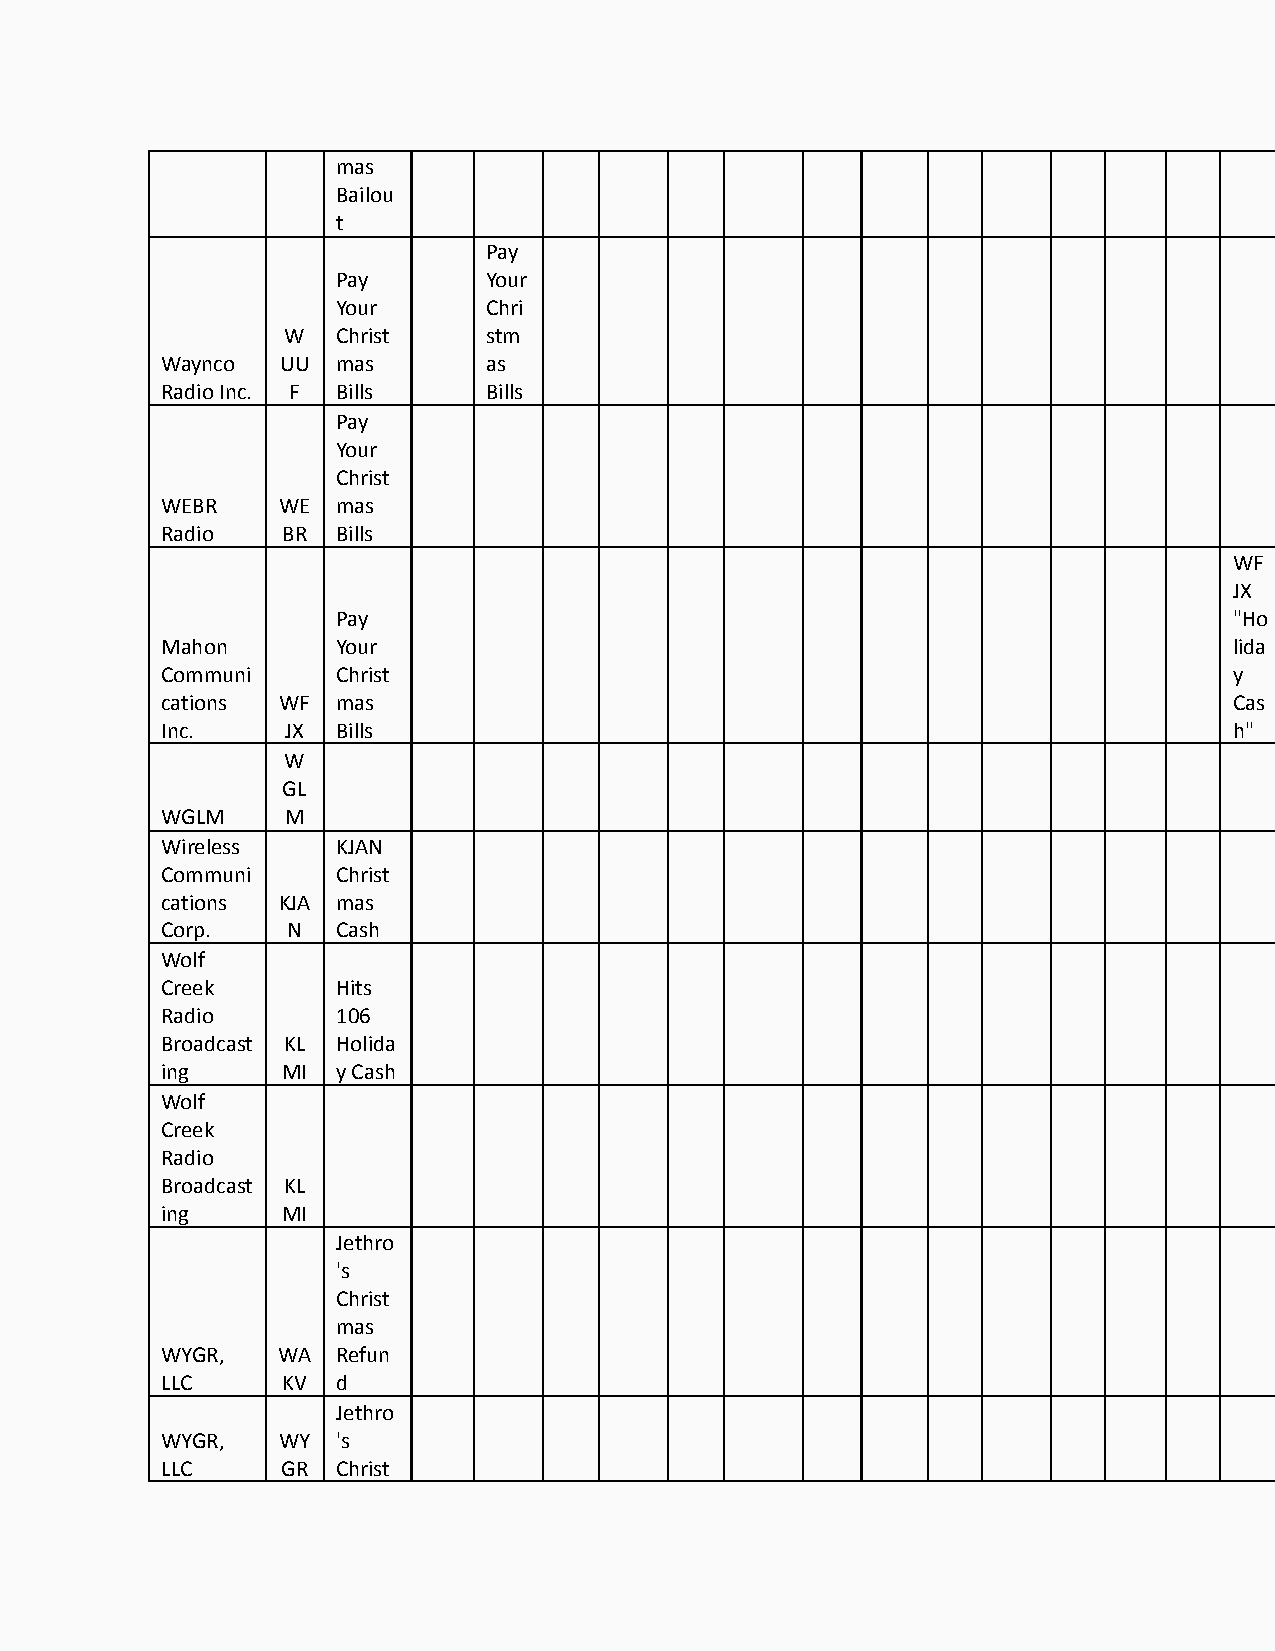
mas
 Bailou
 t
 Pay
 Pay       Your
 Your      Chri
 W  Christ    stm
 Waynco  UU mas       as
 Radio Inc. F Bills   Bills
 Pay
 Your
 Christ
 WEBR   WE  mas
 Radio   BR Bills
 WF
 JX
 Pay                                                         "Ho
 Mahon      Your                                                        lida
 Communi    Christ                                                      y
 cations WF mas                                                         Cas
 Inc.    JX Bills                                                       h"
 W
 GL
 WGLM    M
 Wireless   KJAN
 Communi    Christ
 cations KJA mas
 Corp.   N  Cash
 Wolf
 Creek      Hits
 Radio      106
 Broadcast KL Holida
 ing     MI y Cash
 Wolf
 Creek
 Radio
 Broadcast KL
 ing     MI
 Jethro
 's
 Christ
 mas
 WYGR,  WA  Refun
 LLC     KV d
 Jethro
 WYGR,  WY  's
 LLC     GR Christ